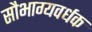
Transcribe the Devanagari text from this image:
सौभाग्यवर्धक